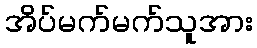
အိပ်မက်မက်သူအား